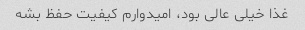
غذا خیلی عالی بود، امیدوارم کیفیت حفظ بشه